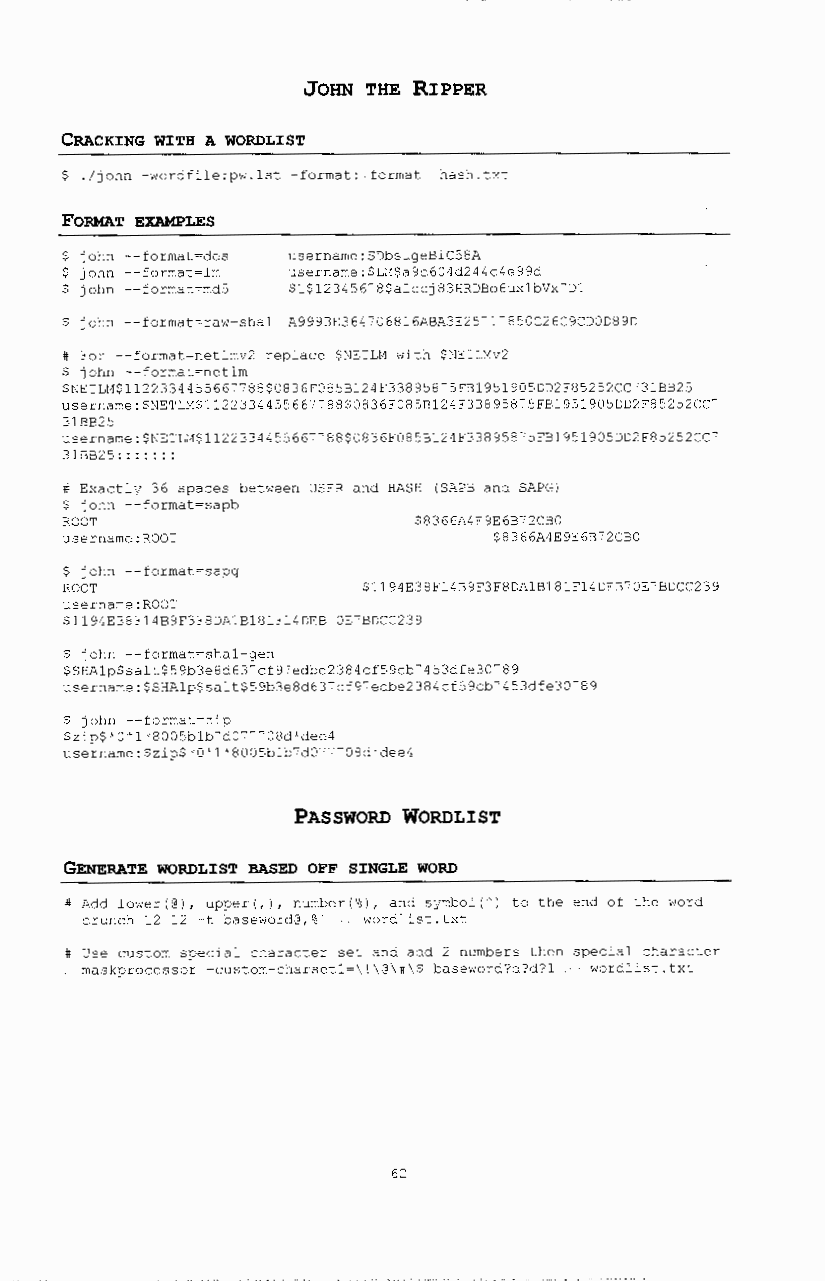
JOHN THE RIPPER
 CRACKING WITH A WORDLIST
 $ ./john -wordfile:pw.lst -format: format hash.txt
 FORMAT EXAMPLES
 john --format~des username:SDbsuge8iC58A
 john --format~lm username:$L~$a9c604d244c4e99d
 john --format~md5 $1$12345678$aiccj83HRD8o6ux1bVx"D1
 $ john --format~raw-sha1 A9993E364-06816A8A3E25"1-850C26C9CDOD89D
 # For --format~netlmv2 replace $NETLM with $NETLMv2
 $ john --format~netlm
 $NETLt1$112233445566""88$0836F0858124F338958-5F81951905DD2F85252CC-318825
 username:$NETLt1$ll2233445566""88$0836F0858124F338958"5F81951905DD2F85252CC"
 318825
 username:$NETLt1$112233445566""88$0836F0858124F338958-5F81951905DD2F85252CC"
 318825:::::::
 # Exactly 36 spaces between USER and HASH (SAP8 and SAPG)
 $ john --format~sapb
 ROOT                   $8366A4E9E68"2C80
 username:ROOT                $8366A4E9E68"2C80
 $ john --format~sapg
 ROOT                $1194E38F1489F3F8DA18181F14DE8"0E"8DCC239
 username:ROOT
 $1194E38F1489F3F8DA18181F14DE8-0E-8DCC239
 $ john --format~sha1-gen
 $SHA1p$salt$59b3e8d63-cf9"edbe2384cf59cb"453dfe30-89
 username:$SHA1p$salt$59b3e8d63-cf9"edbe2384cf59cb-453dfe30-89
 $ john --format~zip
 $zip$'0'1'8005b1b"d07""08d'dee4
 username:$zip$'0'1'8005b1b-d0"-"08d'dee4
 PASSWORD WORDLIST
 GENERATE WORDLIST BASED OFF SINGLE WORD
 #Add lower(@), upper(,), ~umber(%), and symbol( I to the end of the word
 crunch 12 12 -t baseword@,%' wordlist.txt
 Use custom special character set and add 2 numbers then special character
 maskprocessor -custom-charset1~\!\@\#\$ baseword?d?d?l wordlist.txt
 62